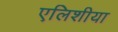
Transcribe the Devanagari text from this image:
एलिशीया